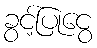
ခွင့်ပြုငွေ